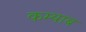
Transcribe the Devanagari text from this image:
कम्याब